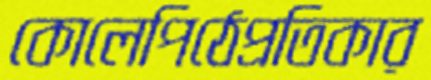
কোলেপিঠেপ্রতিকার